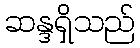
ဆန္ဒရှိသည်